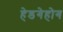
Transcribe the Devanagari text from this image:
हेडगेहोग